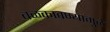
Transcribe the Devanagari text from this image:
बळकावण्यामुळे